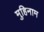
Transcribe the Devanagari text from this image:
मुहिनाम